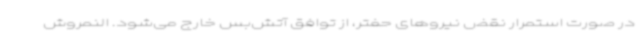
در صورت استمرار نقض نیروهای حفتر، از توافق آتش‌بس خارج می‌شود. النمروش